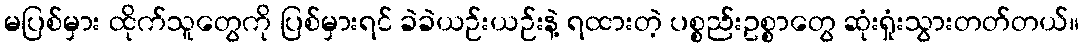
မပြစ်မှား ထိုက်သူတွေကို ပြစ်မှားရင် ခဲခဲယဉ်းယဉ်းနဲ့ ရထားတဲ့ ပစ္စည်းဥစ္စာတွေ ဆုံးရှုံးသွားတတ်တယ်။